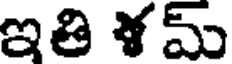
ఇతి ళమ్